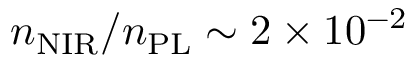
n _ { \mathrm { N I R } } / n _ { \mathrm { P L } } \sim 2 \times 1 0 ^ { - 2 }